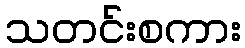
သတင်းစကား